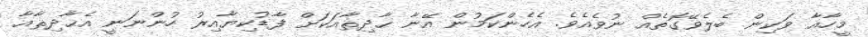
މީހާއާ ވަކިން ބެލެވޭގޮތެއް ނުވެއެވެ. އެހެންކަމުން އޭނާ ޙާދިޘާއަކަށް ފާޑުކިޔާއިރު ހުންނަނީ އެޙާދިޘާއާ